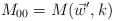
LaTeX: \begin{align*}M_{00}=M(\vec w',k)\end{align*}